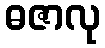
ဓဇာလု